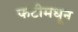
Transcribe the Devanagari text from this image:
फटीमधून